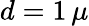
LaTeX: d=1\, \mu